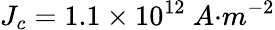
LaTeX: J_{{c}}=1.1\times{10}^{12}{\ A}{{{·}}{m}}^{{-2}}